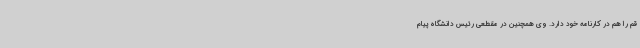
قم را هم در کارنامه خود دارد. وی همچنین در مقطعی رئیس دانشگاه پیام